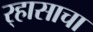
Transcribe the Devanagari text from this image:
र्‍हासाचा